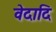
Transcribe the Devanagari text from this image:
वेदादि